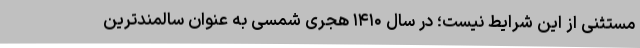
مستثنی از این شرایط نیست؛ در سال ۱۴۱۰ هجری شمسی به عنوان سالمند‌ترین